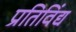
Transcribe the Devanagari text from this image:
प्रतिविंद्य